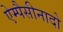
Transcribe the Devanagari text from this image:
ऐम्पैसीनादो